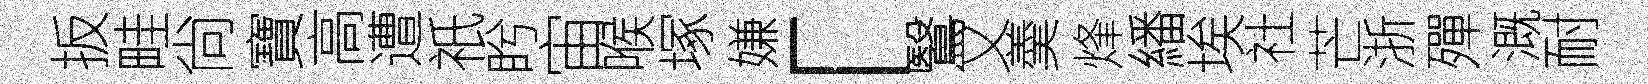
扳畦尙寶高遭祇盻宙喉塚嫌「鷖又羮烽繙埃社芒浙殫溉耐